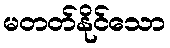
မတတ်နိုင်သော